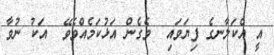
އީ އެކަލާނގެ ފިޔަވައި  ވެގެން އަޅުކަމެއްވެވޭ  އަކު ނުވާ